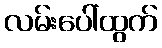
လမ်းပေါ်ထွက်